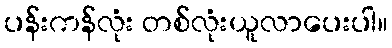
ပန်းကန်လုံး တစ်လုံးယူလာပေးပါ။